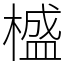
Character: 𣛮